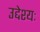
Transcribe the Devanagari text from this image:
उद्देश्यः